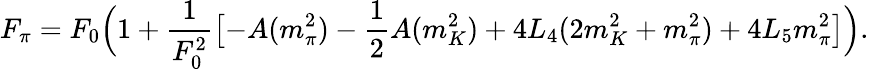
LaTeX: F_{\pi}=F_{0}\Bigl(1+\frac{1}{F_{0}^{2}}\bigl[-A(m_{\pi}^{2})-\frac{1}{2}A(m_{K}^{2})+4L_{4}(2m_{K}^{2}+m_{\pi}^{2})+4L_{5}m_{\pi}^{2}\bigr]\Bigr).